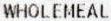
WHOLEMEAL